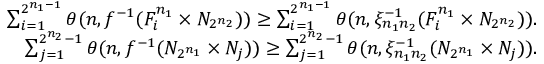
\begin{array} { r l r } & { } & { \sum _ { i = 1 } ^ { 2 ^ { n _ { 1 } - 1 } } \theta ( n , f ^ { - 1 } ( F _ { i } ^ { n _ { 1 } } \times N _ { 2 ^ { n _ { 2 } } } ) ) \ge \sum _ { i = 1 } ^ { 2 ^ { n _ { 1 } - 1 } } \theta ( n , \xi _ { n _ { 1 } n _ { 2 } } ^ { - 1 } ( F _ { i } ^ { n _ { 1 } } \times N _ { 2 ^ { n _ { 2 } } } ) ) . } \\ & { } & { \sum _ { j = 1 } ^ { 2 ^ { n _ { 2 } } - 1 } \theta ( n , f ^ { - 1 } ( N _ { 2 ^ { n _ { 1 } } } \times N _ { j } ) ) \ge \sum _ { j = 1 } ^ { 2 ^ { n _ { 2 } } - 1 } \theta ( n , \xi _ { n _ { 1 } n _ { 2 } } ^ { - 1 } ( N _ { 2 ^ { n _ { 1 } } } \times N _ { j } ) ) . } \end{array}